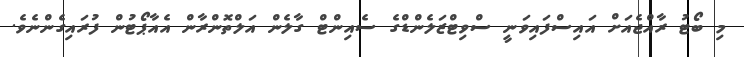
މި ބޯޓު ރާއްޖެއަށް އައިސްފައިވަނީ ސްވިޓްޒަލެންޑްގެ ސެއިންޓް ގާލެން އަލްތޮންރާން އެއާޕޯޓުން ފުރައިގެންނެވެ.